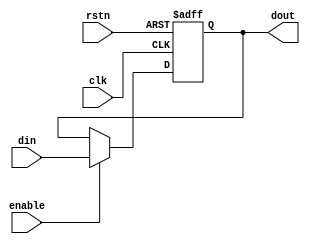
module register(clk,rstn,enable,din,dout);
    input clk,rstn;
    input [31:0]din;
    output reg [31:0]dout;
    input enable;
    always @(posedge clk or negedge rstn)begin
        if(!rstn) begin 
            dout <= 32'd0;
        end
        else if(enable) begin
            dout <= din;
        end
        else dout <= dout;
    end
endmodule